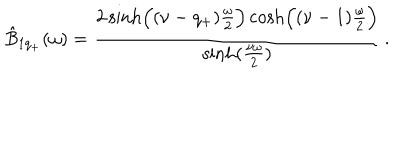
LaTeX: \hat { B } _ { 1 q _ { + } } ( \omega ) = { \frac { 2 \sinh \Bigl ( ( \nu - q _ { + } ) { \frac { \omega } { 2 } } \Bigr ) \cosh \Bigl ( ( \nu - 1 ) { \frac { \omega } { 2 } } \Bigr ) } { \sinh ( { \frac { \nu \omega } { 2 } } ) } } \, .